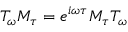
T _ { \omega } M _ { \tau } = e ^ { i \omega \tau } M _ { \tau } T _ { \omega }